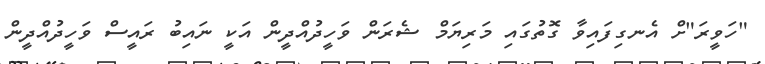
"ހަވީރަ"ށް އެނގިފައިވާ ގޮތުގައި މަރިޔަމް ޝެރަން ވަހީދުއްދީން އަކީ ނައިބު ރައީސް ވަހީދުއްދީން